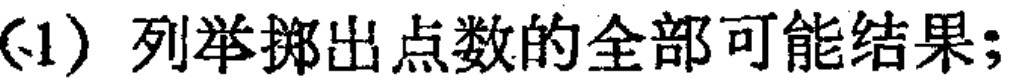
(1) 列举掷出点数的全部可能结果；